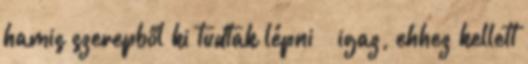
hamis szerepből ki tudtak lépni – igaz, ehhez kellett